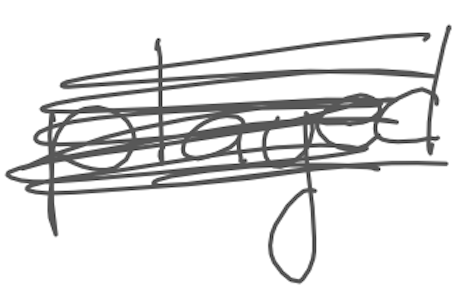
Text: played
Cross-out: scratch
Writing tool: digital_gray